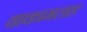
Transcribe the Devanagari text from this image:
वाकामलाङ